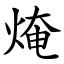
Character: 㷈